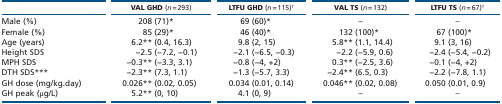
|  | VAL GHD (n = 293) | LTFU GHD (n = 115)† | VAL TS (n = 132) | LTFU TS (n = 67)† |
 | --- | --- | --- | --- | --- |
 | Male (%) | 208 (71)* | 69 (60)* | – | – |
 | Female (%) | 85 (29)* | 46 (40)* | 132 (100)* | 67 (100)* |
 | Age (years) | 6.2** (0.4, 16.3) | 9.8 (2, 15) | 5.8** (1.1, 14.4) | 9.1 (3, 16) |
 | Height SDS | −2.5 (−7.2, −0.1) | −2.1 (−6.5, −0.3) | −2.2 (−5.9, 0.6) | −2.4 (−5.4, −0.2) |
 | MPH SDS | −0.3** (−3.3, 3.1) | −0.8 (−4, +2) | 0.3** (−2.5, 3.6) | −0.1 (−4, +2) |
 | DTH SDS*** | −2.3** (7.3, 1.1) | −1.3 (−5.7, 3.3) | −2.4** (6.5, 0.3) | −2.2 (−7.8, 1.1) |
 | GH dose (mg/kg.day) | 0.026** (0.02, 0.05) | 0.034 (0.01, 0.14) | 0.046** (0.02, 0.08) | 0.050 (0.01, 0.9) |
 | GH peak (μg/L) | 5.2** (0, 10) | 4.1 (0, 9) | – | – |